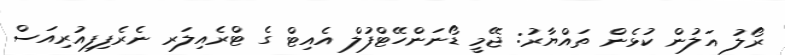
ރޯލު އަލުން ކުޅެން ތައްޔާރު: ޖޭމީ ޑޯނަންހޭޓްފުލް އެއިޓް ގެ ޓްރެއިލަރ ނެރެފިފިއުރިއަސް